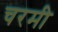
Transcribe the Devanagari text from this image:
चरमी